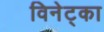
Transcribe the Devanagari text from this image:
विनेट्का